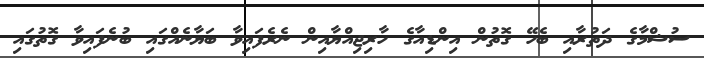
ސުޝްމާގެ ދަތުރާއި ބެހޭ ގޮތުން އިންޑިއާގެ ހާރިޖިއްޔާއިން ނެރެފައިވާ ބަޔާނެއްގައި ބުނެފައިވާ ގޮތުގައި